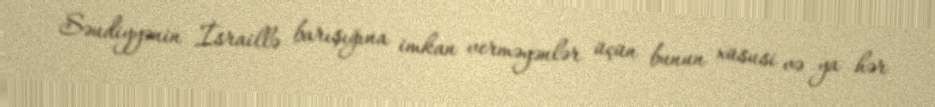
Səudiyyənin İsraillə barışığına imkan verməyənlər üçün bunun xüsusi və ya hər